EAOK_Sinod, lk 63
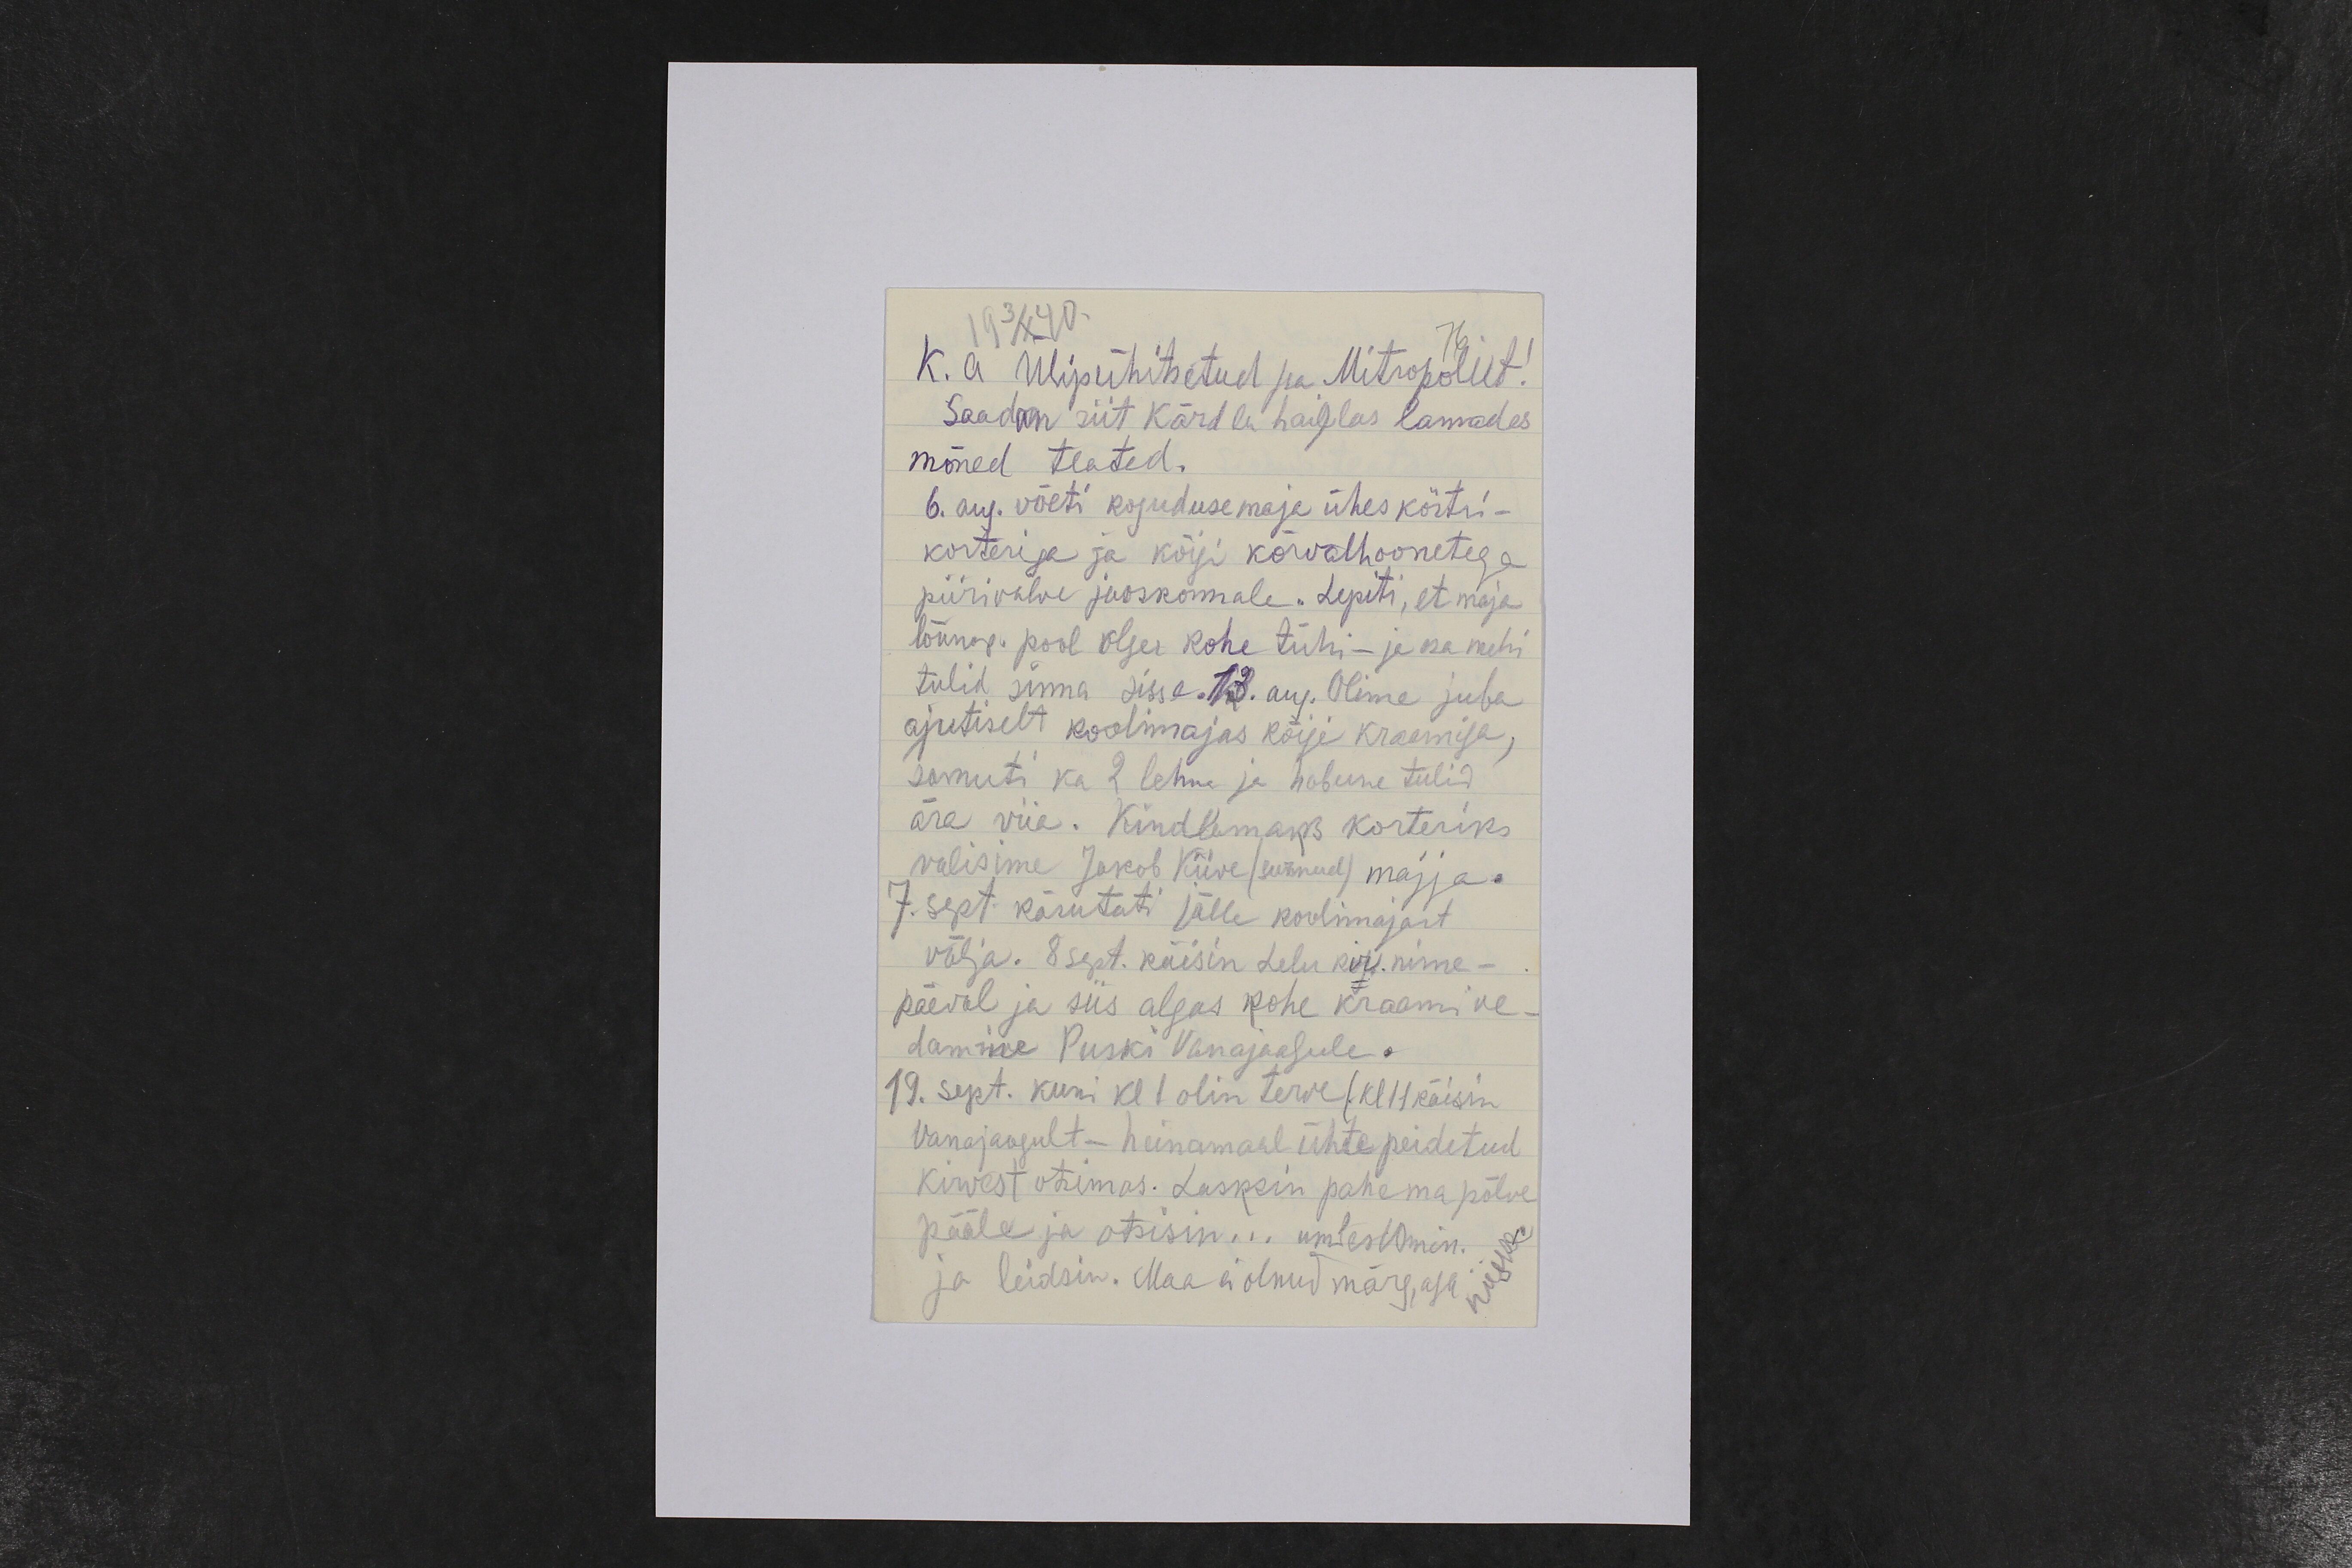
19 3/X 40.
K. a ülipühitsetud hra Mitropolit!
Saadan siit Kärdla haiglas lamades
mõned teated.
6. aug. võeti koguduse maja ühes köstri-
korteriga ja kõigi kõrvalhoonetega
piirivalve jaoskonnale. Lepiti, et maja
lõunap. pool olgu kohe tühi- ja ka mehi
tulid sinna sisse. 13. aug. Olime juba
ajutiselt koolimajas kõige kraamiga,
samuti ka 2 lehm ja hobune tulid
ära viia. Kindlamaks korteriks
valisime Jakob Kiive (surnud) majja.
7. sept käsutati jälle koolimajast
välja. 8 sept. käisin Lelu kir. nime-
päeval ja siis algas kohe kraami ve-
damine Puski Vanajaagule.
19. sept. kuni kl 1 olin terve (kl 11 käisin
Vanajaagult - heinamaal ühte peidetud
kirvest otsimas. Lasksin pahema põlve
pääle ja otsisin... umbes 10 min.
ja leidsin. Maa ei olnud märg, aga niiske